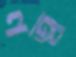
ণত্ব